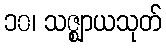
၁၀၊ သဇ္ဈာယသုတ်